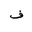
Letter: _fa